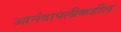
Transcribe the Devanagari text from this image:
आनंदापलीकडील